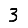
Digit: 3